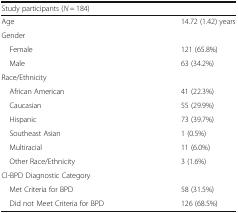
| <COLSPAN=2> Study participants (N = 184) |
 | --- | --- |
 | Age | 14.72 (1.42) years |
 | <COLSPAN=2> Gender |
 | Female | 121 (65.8%) |
 | Male | 63 (34.2%) |
 | <COLSPAN=2> Race/Ethnicity |
 | African American | 41 (22.3%) |
 | Caucasian | 55 (29.9%) |
 | Hispanic | 73 (39.7%) |
 | Southeast Asian | 1 (0.5%) |
 | Multiracial | 11 (6.0%) |
 | Other Race/Ethnicity | 3 (1.6%) |
 | <COLSPAN=2> CI-BPD Diagnostic Category |
 | Met Criteria for BPD | 58 (31.5%) |
 | Did not Meet Criteria for BPD | 126 (68.5%) |